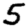
Digit: 5